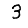
Digit: 3